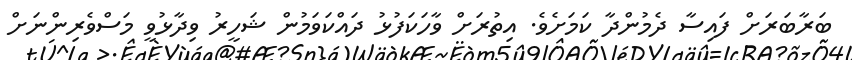
ބަރާބަރަށް ފައިސާ ދެމުންދާ ކަމަށެވެ. އިތުރަށް ވާހަކަފުޅު ދައްކަވަމުން ޝަހީރު ވިދާޅުވީ މަސްވެރިންނަށް